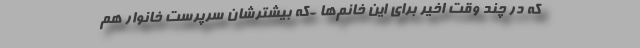
که در چند وقت اخیر برای این خانم‌ها -که بیشترشان سرپرست خانوار هم